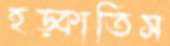
হড়্‌কাতিস